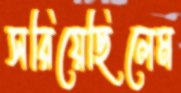
সরিয়েছিলেম